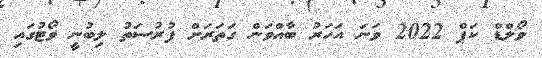
ވޯލްޑް ކަޕް 2022 ވަނަ އަހަރު ބާއްވަން ގަތަރަށް ފުރުސަތު ލިބުނީ ވޯޓުގައި